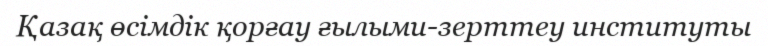
Қазақ өсімдік қорғау ғылыми-зерттеу институты